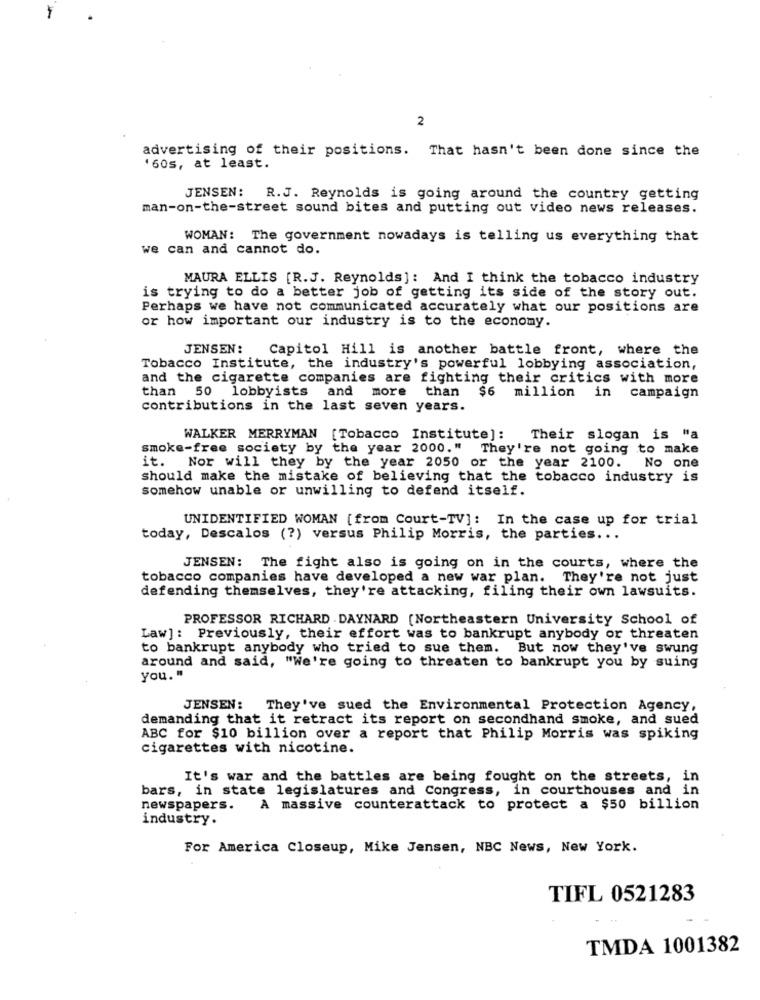
2
advertising of their positions. That hasn't been done since the
'60s, at least.
JENSEN: R.J. Reynolds is going around the country getting
man-on-the-street sound bites and putting out video news releases.
WOMAN: The government nowadays is telling us everything that
we can and cannot do.
MAURA ELLIS [R.J. Reynolds]: And I think the tobacco industry
is trying to do a better job of getting its side of the story out.
Perhaps we have not communicated accurately what our positions are
or how important our industry is to the economy.
JENSEN :
Capitol Hill is another battle front, where the
Tobacco Institute, the industry's powerful lobbying association,
and the cigarette companies are fighting their critics with more
than 50 lobbyists and more than $6 million in campaign
contributions in the last seven years.
WALKER MERRYMAN [Tobacco Institute]: Their slogan is "a
smoke-free society by the year 2000." They're not going to make
it. Nor will they by the year 2050 or the year 2100.
No one
should make the mistake of believing that the tobacco industry is
somehow unable or unwilling to defend itself.
UNIDENTIFIED WOMAN [from Court-TV]: In the case up for trial
today, Descalos (?) versus Philip Morris, the parties ...
JENSEN: The fight also is going on in the courts, where the
tobacco companies have developed a new war plan. They're not just
defending themselves, they're attacking, filing their own lawsuits.
PROFESSOR RICHARD . DAYNARD (Northeastern University School of
Law]: Previously, their effort was to bankrupt anybody or threaten
to bankrupt anybody who tried to sue them. But now they've swung
around and said, "We're going to threaten to bankrupt you by suing
you. "
JENSEN:
They've sued the Environmental Protection Agency,
demanding that it retract its report on secondhand smoke, and sued
ABC for $10 billion over a report that Philip Morris was spiking
cigarettes with nicotine.
It's war and the battles are being fought on the streets, in
bars, in state legislatures and Congress, in courthouses and in
newspapers.
A massive counterattack to protect a $50 billion
industry.
For America Closeup, Mike Jensen, NBC News, New York.
TIFL 0521283
TMDA 1001382